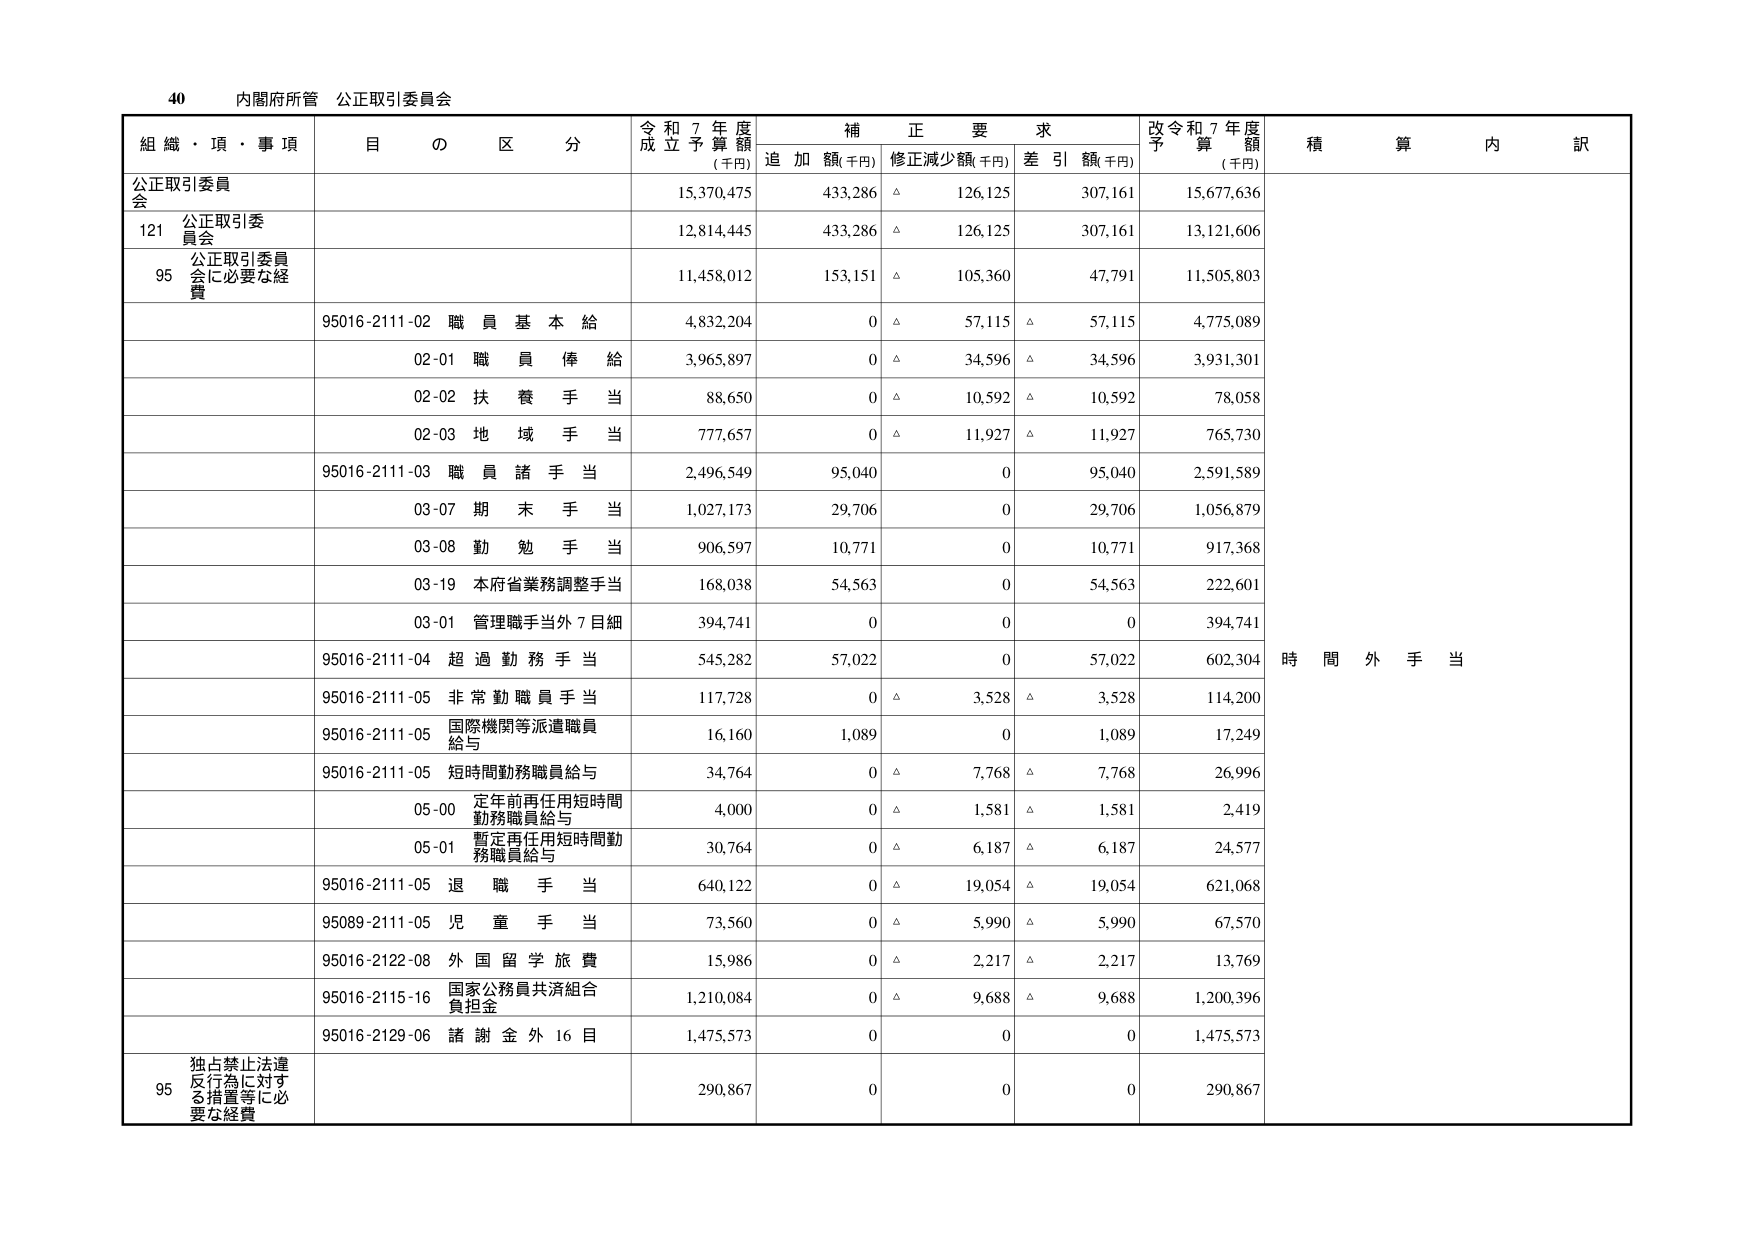
40 内閣府所管 公正取引委員会

組織・項・事項 目の区分 令和7年度成立予算額(千円) 補正要求 追加額(千円) 修正減少額(千円) 差引額(千円) 改令和7年度予算額(千円) 積算内訳

公正取引委員会 15,370,475 433,286 △ 126,125 307,161 15,677,636

121 公正取引委員会 12,814,445 433,286 △ 126,125 307,161 13,121,606

95 公正取引委員会に必要な経費 11,458,012 153,151 △ 105,360 47,791 11,505,803

95016-2111-02 職員基本給 4,832,204 0 △ 57,115 △ 57,115 4,775,089

02-01 職員俸給 3,965,897 0 △ 34,596 △ 34,596 3,931,301

02-02 扶養手当 88,650 0 △ 10,592 △ 10,592 78,058

02-03 地域手当 777,657 0 △ 11,927 △ 11,927 765,730

95016-2111-03 職員諸手当 2,496,549 95,040 0 95,040 2,591,589

03-07 期末手当 1,027,173 29,706 0 29,706 1,056,879

03-08 勤勉手当 906,597 10,771 0 10,771 917,368

03-19 本府省業務調整手当 168,038 54,563 0 54,563 222,601

03-01 管理職手当外7目細 394,741 0 0 0 394,741

95016-2111-04 超過勤務手当 545,282 57,022 0 57,022 602,304 時間外手当

95016-2111-05 非常勤職員手当 117,728 0 △ 3,528 △ 3,528 114,200

95016-2111-05 国際機関等派遣職員給与 16,160 1,089 0 1,089 17,249

95016-2111-05 短時間勤務職員給与 34,764 0 △ 7,768 △ 7,768 26,996

05-00 定年前再任用短時間勤務職員給与 4,000 0 △ 1,581 △ 1,581 2,419

05-01 暫定再任用短時間勤務職員給与 30,764 0 △ 6,187 △ 6,187 24,577

95016-2111-05 退職手当 640,122 0 △ 19,054 △ 19,054 621,068

95089-2111-05 児童手当 73,560 0 △ 5,990 △ 5,990 67,570

95016-2122-08 外国留学旅費 15,986 0 △ 2,217 △ 2,217 13,769

95016-2115-16 国家公務員共済組合負担金 1,210,084 0 △ 9,688 △ 9,688 1,200,396

95016-2129-06 諸謝金外16目 1,475,573 0 0 0 1,475,573

95 独占禁止法違反行為に対する措置等に必要な経費 290,867 0 0 0 290,867